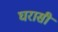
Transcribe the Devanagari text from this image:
घरासी